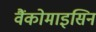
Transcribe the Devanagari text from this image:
वैंकोमाइसिन